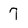
Character: 7